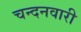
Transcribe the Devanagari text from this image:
चन्दनवारी